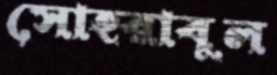
সোহরাবুল